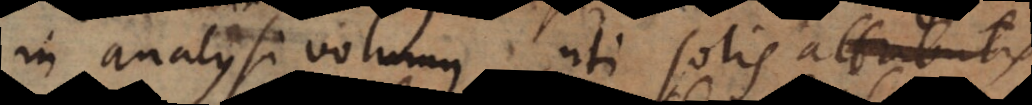
in analysi volumus uti solis attributis